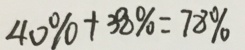
4 0 \% + 3 8 \% = 7 8 \%